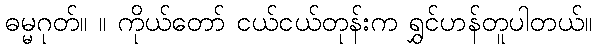
ဓမ္မဂုတ်။ ။ ကိုယ်တော် ငယ်ငယ်တုန်းက ရွှင်ဟန်တူပါတယ်။